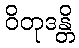
ဝိတုဒန္တိ